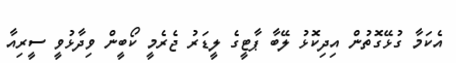
އެކަމާ ގުޅޭގޮތުން އިދިކޮޅު ލޭބާ ޕާޓީގެ ލީޑަރު ޖެރެމީ ކޯބީން ވިދާޅުވީ ސީރިއާ